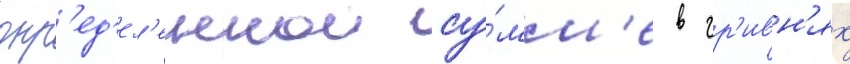
опр'ед'ел'еннои су́мм'е в гр'ивн'ях